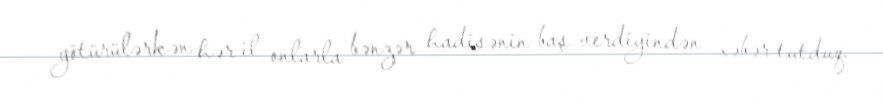
götürülərkən hər il onlarla bənzər hadisənin baş verdiyindən xəbər tutduq.